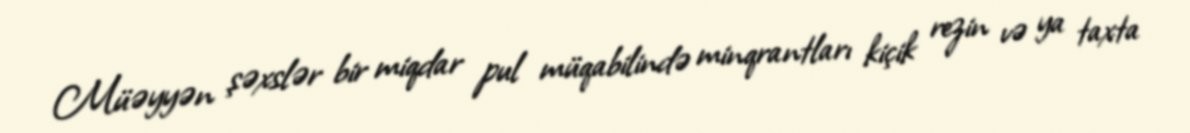
Müəyyən şəxslər bir miqdar pul müqabilində minqrantları kiçik rezin və ya taxta